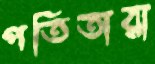
পতিতারা